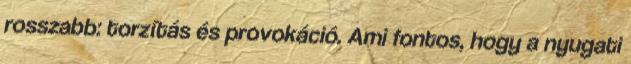
rosszabb: torzítás és provokáció. Ami fontos, hogy a nyugati